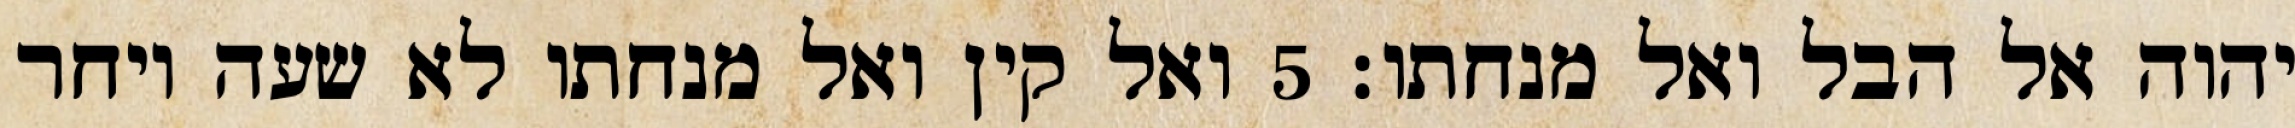
יהוה אל הבל ואל מנחתו׃ ‎5‏ ואל קין ואל מנחתו לא שעה ויחר